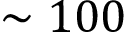
\sim 1 0 0